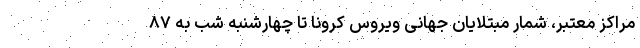
مراکز معتبر، شمار مبتلایان جهانی ویروس کرونا تا چهارشنبه شب به ۸۷